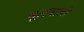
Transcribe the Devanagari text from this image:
मूलवाली